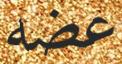
عضه